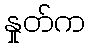
နှုတ်က